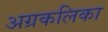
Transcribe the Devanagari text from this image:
अग्रकलिका